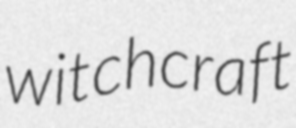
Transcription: witchcraft